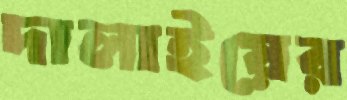
দালাইয়ের